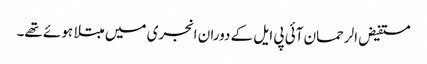
مستفیض الرحمان آئی پی ایل کے دوران انجری میں مبتلا ہوئے تھے۔